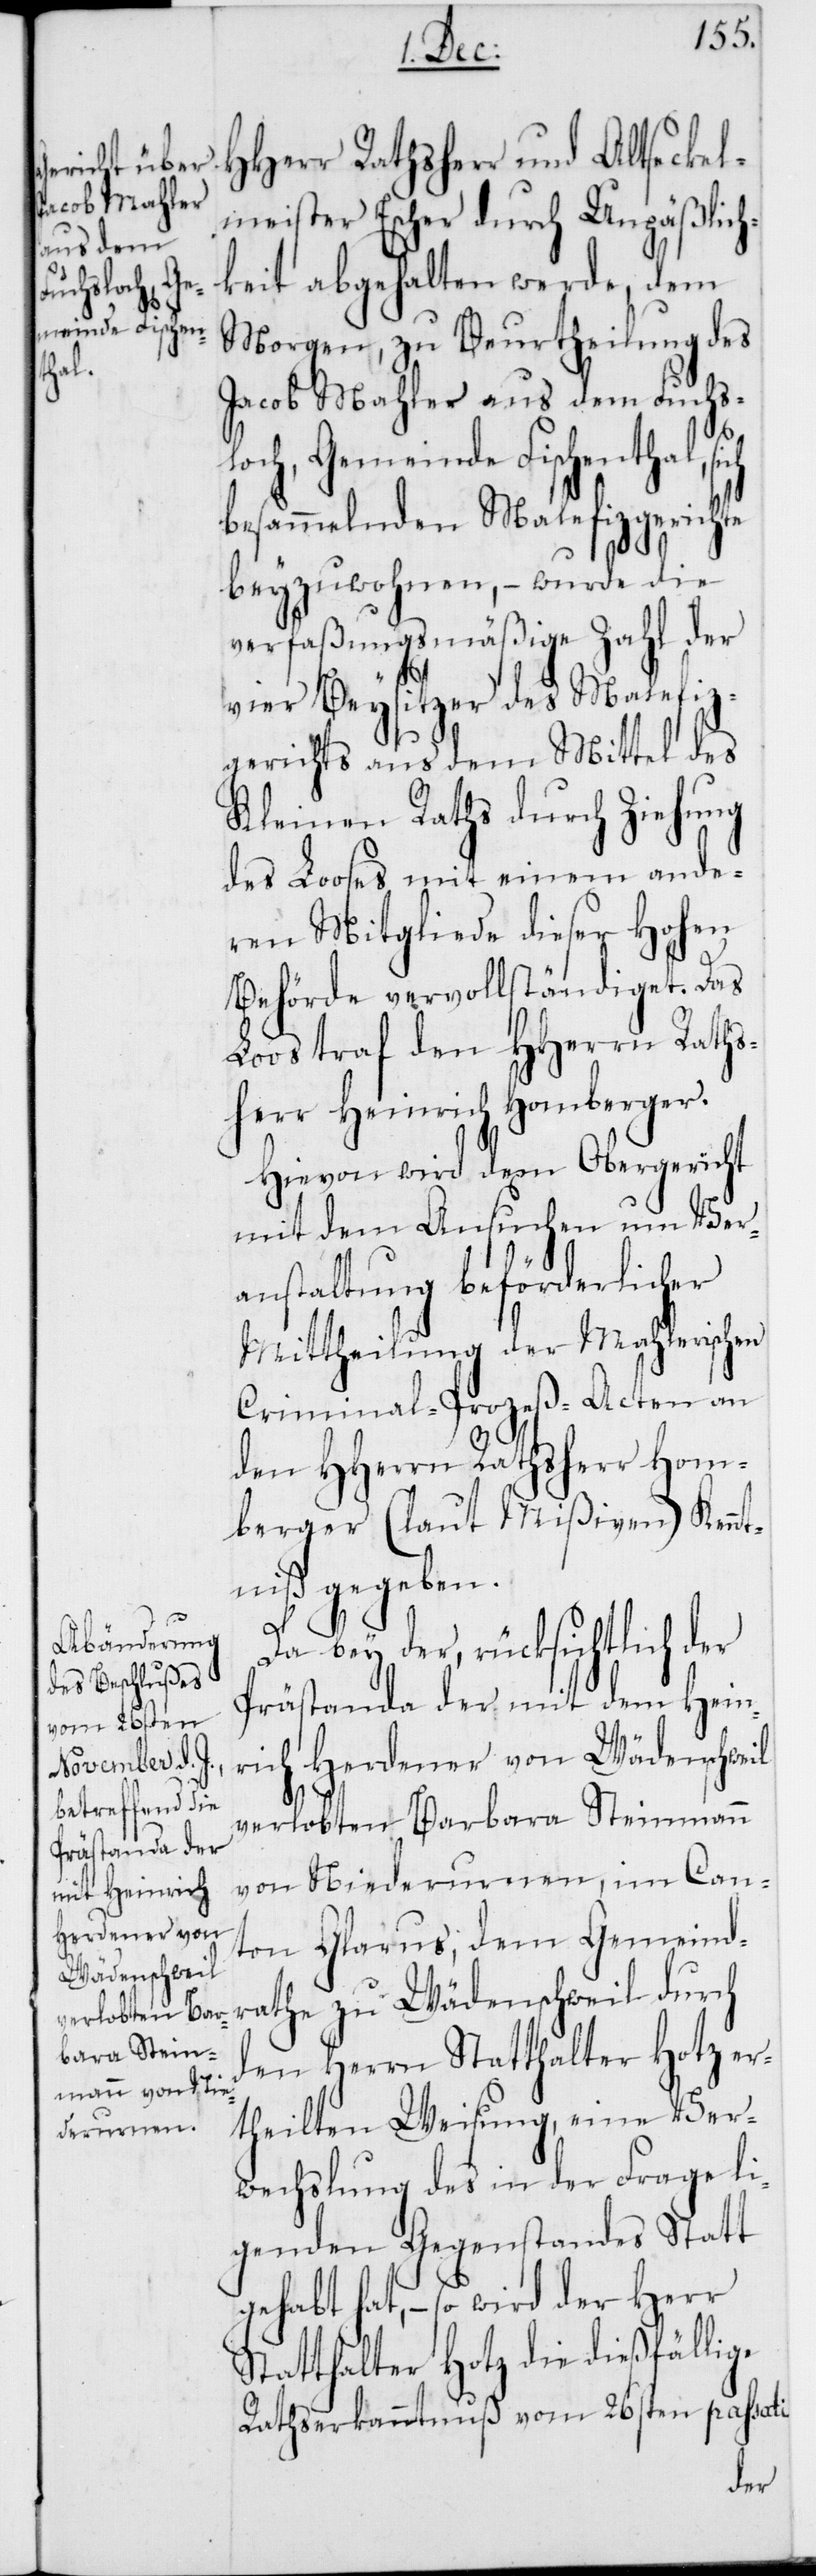
HHerr Rathsherr und Altseckel¬
meister Escher durch Unpäßlich¬
keit abgehalten werde, dem
Morgen, zu Beurtheilung des
Jacob Mahler aus dem Fuchs¬
loch, Gemeinde Fischenthal,
besammelnden Malefizgerichte
beyzuwohnen, – wurde die
verfaßungsmäßige Zahl der
vier Beysitzer des Malefiz¬
gerichts aus dem Mittel des
Kleinen Raths durch Ziehung
des Looses mit einem ande¬
ren Mitgliede dieser Hohen
Behörde vervollständiget. Das
Loos traf den HHerrn Raths¬
herr Heinrich Homberger.
Hievon wird dem Obergericht
mit dem Ansuchen um Ver¬
anstaltung beförderlicher
Mittheilung der Mahlerischen
Criminal-Proceß-Acten an
den HHerren Rathsherr Hom¬
berger (laut Mißiven) Kenn¬
tniß gegeben.
Da bey der, rücksichtlich der
Prästanda der mit dem Hein¬
rich Herdener von Wädenschweil
verlobten Barbara Steinmann
von Niederurnen, im Can¬
ton Glarus, dem Gemeindr¬
athe zu Wädenschweil durch
den Herrn Statthalter Hotz er¬
theilten Weisung, eine Ver¬
wechslung des in der Frage li¬
genden Gegenstandes Statt
gehabt hat, – so wird der Herr
Statthalter Hotz die dießfällige
Rathserkanntnuß vom 26sten passati